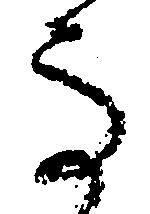
馬